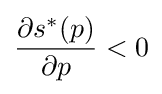
{\frac {\partial s^{\ast }(p)}{\partial p}}<0